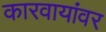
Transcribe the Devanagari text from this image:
कारवायांवर